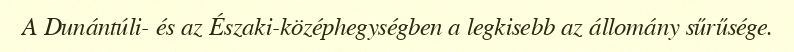
A Dunántúli- és az Északi-középhegységben a legkisebb az állomány sűrűsége.